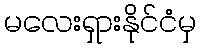
မလေးရှားနိုင်ငံမှ